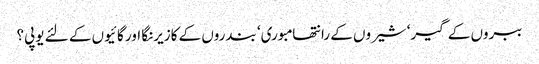
ببروں کے گیر‘ شیروں کے رانتھامبوری‘ بندروں کے کازیرنگا اور گائیوں کے لئے یوپی؟